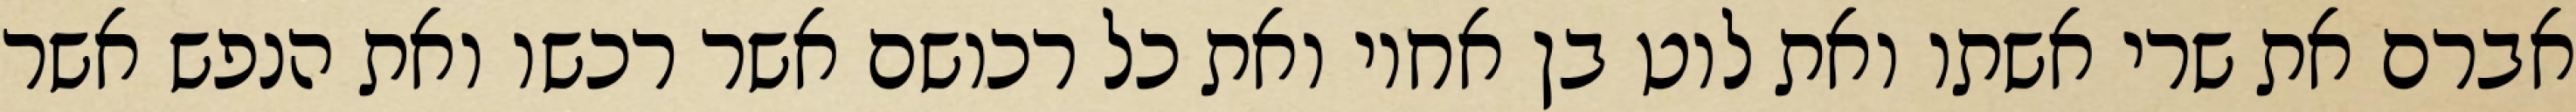
אברם את שרי אשתו ואת לוט בן אחיו ואת כל רכושם אשר רכשו ואת הנפש אשר